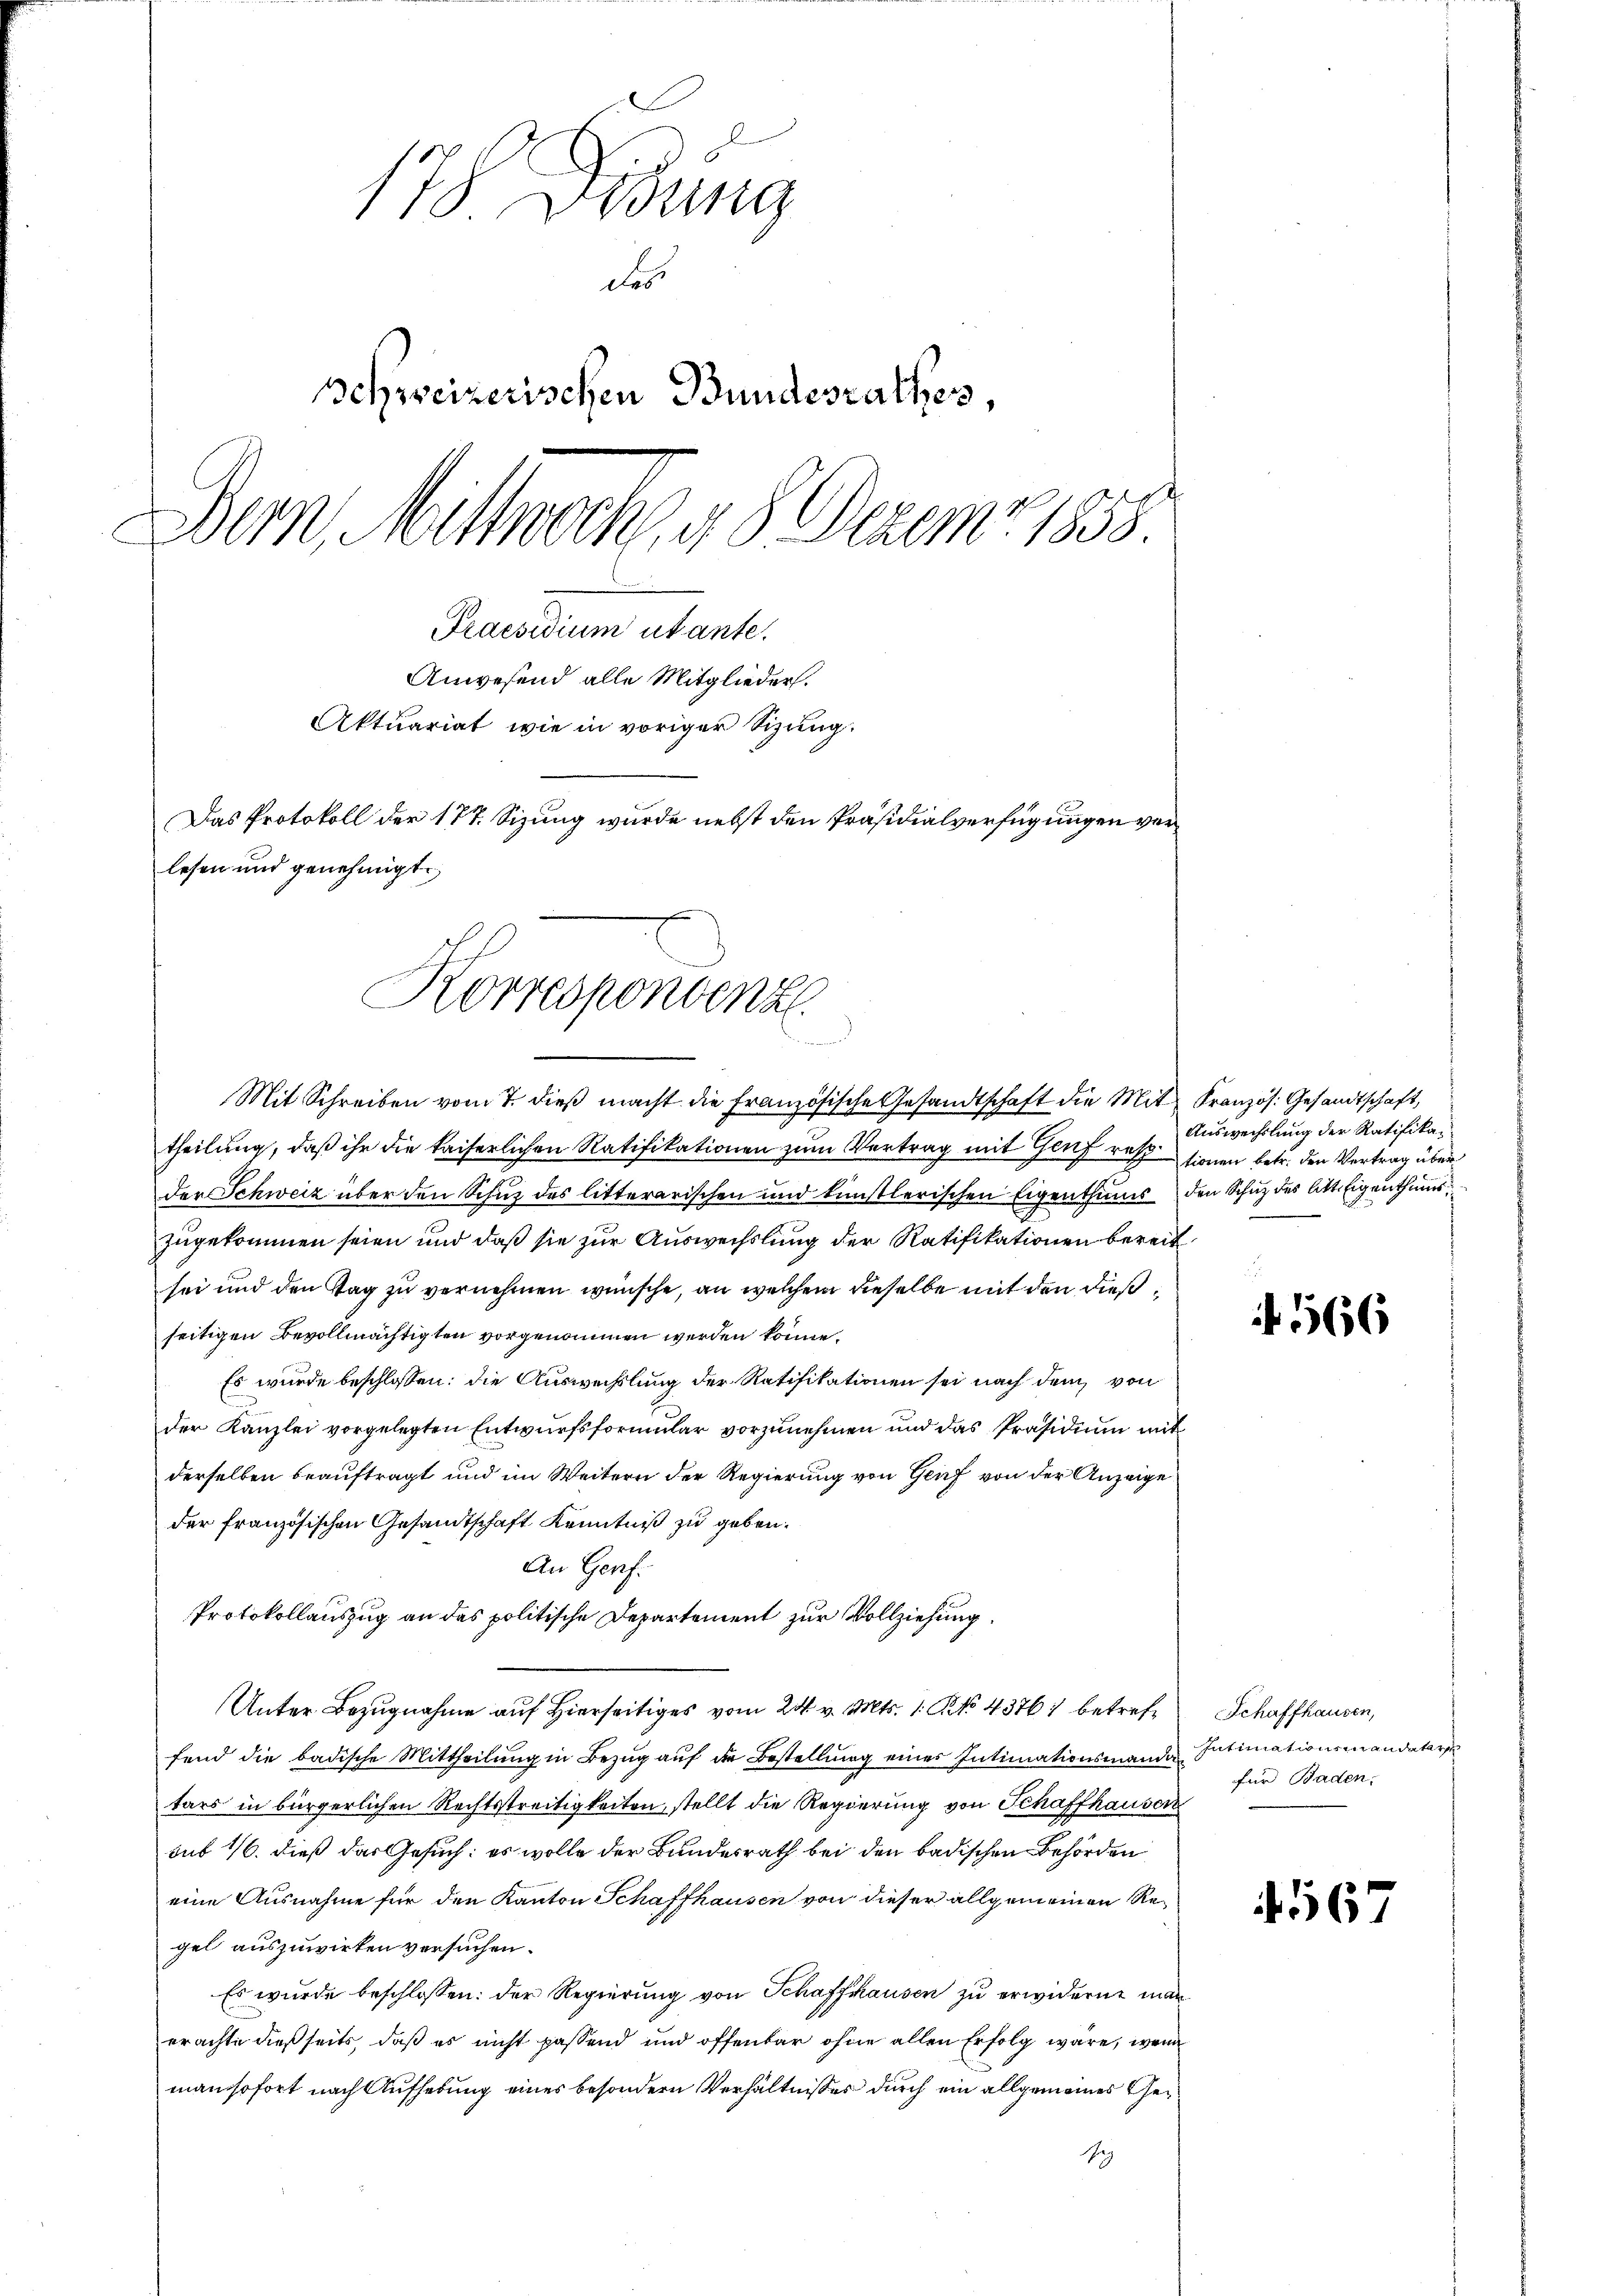
118 Vidung
des
Schweizerischen Bundesrathes,
Dem Mittwerk u. 5 Dezemr 1858.
Praesidium utante.
Anwesend alle Mitglieder.
Aktuariat wie in voriger Sizung.
Das Protokoll der 177. Sizung wurde nebst den Präsidialverfügungen verlesen und genehmigt.

Mit Schreiben vom 7. dieß macht die Französische Gesandtschaft die Mit Kranzös. Gesandtschaft,
theilung, daß ihr die kaiserlichen Ratifikationen zum Vertrag mit Genf ressionen betr. den Vertrag über
der Schweiz über den Schuz des litterarischen und künstlerischen Eigenthums den Schutz des litt. Eigenthums
zugekommen seien und daß sie zur Auswechslung der Ratifikationen bereit
sei und den Tag zu vernehmen wünsche, an welchem dieselbe mit den dießseitigen Bevollmächtigten vorgenommen werden könne.
Es wurde beschlossen: die Auswechslung der Ratifikationen sei nach dem von
der Kanzlei vorgelegten Entwurfsformular vorzunehmen und das Präsidium mit
derselben beauftragt und im Weitern der Regierung von Genf von der Anzeige
der französischen Gesandtschaft Kenntniß zu geben.
An Genf.
Protokollauszug an des politische Departement zur Vollziehung.
Unter Bezugnahme auf Hierseitiges vom 24. v. Mts. 1. No 43761 betreffend die badische Mittheilung in Bezug auf die Bestellung eines Intimationsmandatars in bürgerlichen Rechtstreitigkeiten, stellt die Regierung von Schaffhausen
sub 16. dieß das Gesuch: es wolle der Bundesrath bei den badischen Behörden
eine Ausnahme für den Kanton Schaffhausen von dieser allgemeinen Regel auszuwirken versuchen.
Es wurde beschlossen: der Regierung von Schaffhausen zu erwiderne man
erachte dießseits, daß es nicht passend und offenbar ohne allen Erfolg wäre, wenn
man sofort nach Aufhebung eines besondern Verhältnisses durch ein allgemeines Ge¬
Reg

Korrespondenz
n

Auswechslung der Ratifika¬

1566

Schaffhausen,
Intimationsmandatar
für Baden.

567